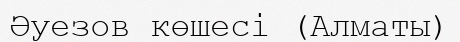
Әуезов көшесі (Алматы)